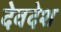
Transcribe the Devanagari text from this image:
देवदेश